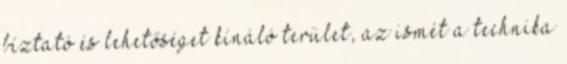
bíztató és lehetőséget kínáló terület, az ismét a technika